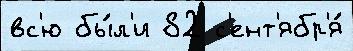
вс'ю бы́л'и 82 с'ент'ябр'я́